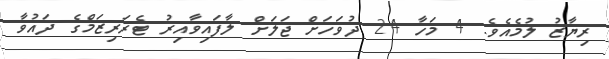
ރިޔާޒު ލުމެއެވެ. 4 މަހާ 24 ދުވަހަށް ޖަލަށް ލާފައިވާއިރު ޓެރަރިޒަމްގެ ދައުވާ